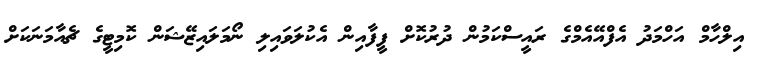
އިލްހާމް އަހްމަދު އެފްއޭއެމްގެ ރައީސްކަމުން ދުރުކޮށް ފީފާއިން އެކުލަވައިލި ނޯމަލައިޒޭޝަން ކޮމިޓީގެ ޗެއާމަނަކަށް